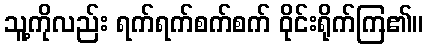
သူ့ကိုလည်း ရက်ရက်စက်စက် ဝိုင်းရိုက်ကြ၏။